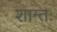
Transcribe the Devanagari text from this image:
शान्तः